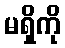
မရှိကို